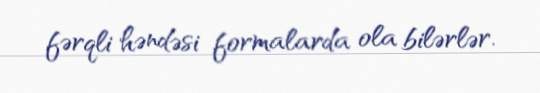
fərqli həndəsi formalarda ola bilərlər.